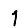
Digit: 1